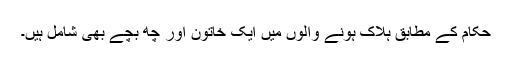
حکام کے مطابق ہلاک ہونے والوں میں ایک خاتون اور چھ بچے بھی شامل ہیں۔